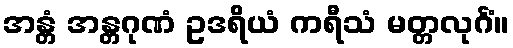
အန္တံ အန္တဂုဏံ ဥဒရိယံ ကရီသံ မတ္တလုင်္ဂံ။